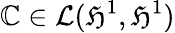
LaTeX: \mathbb{C}\in\mathcal{{L}}(\mathfrak{{H}}^{1},\mathfrak{{H}}^{1})